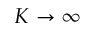
K \to \infty